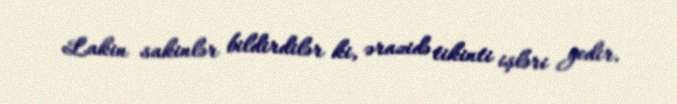
Lakin sakinlər bildirdilər ki, ərazidə tikinti işləri gedir.